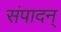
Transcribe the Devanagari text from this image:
संपादन्